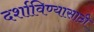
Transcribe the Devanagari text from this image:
दर्शाविण्यासाठी